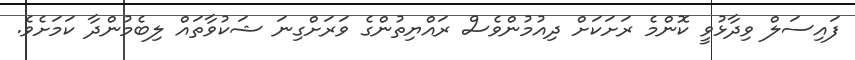
ފައިސަލް ވިދާޅުވީ ކޮންމެ ރަށަކަށް ދިއުމުންވެސް ރައްޔިތުންގެ ވަރަށްގިނަ ޝަކުވާތައް ލިބެމުންދާ ކަމަށެވެ.